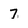
Character: 7